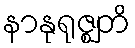
နာနုရုဇ္ဈတိ